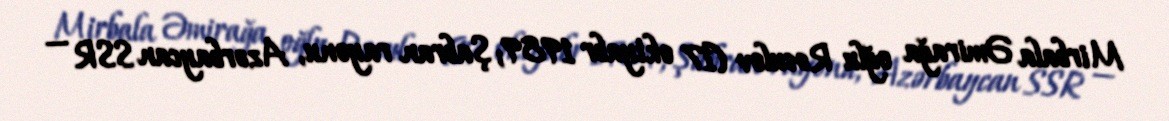
Mirbala Əmirağa oğlu Rəsulov (17 oktyabr 1989; Şabran rayonu, Azərbaycan SSR —